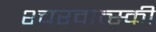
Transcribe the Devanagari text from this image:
श्चरवात्स्की